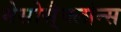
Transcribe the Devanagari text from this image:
मेसोसै्क्लोन्स